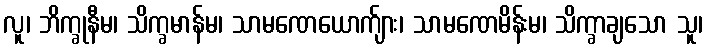
လူ၊ ဘိက္ခုနီမ၊ သိက္ခမာန်မ၊ သာမဏေယောက်ျား၊ သာမဏေမိန်းမ၊ သိက္ခာချသော သူ၊